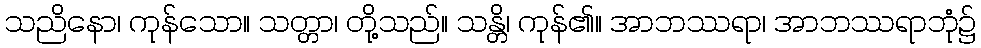
သညိနော၊ ကုန်သော။ သတ္တာ၊ တို့သည်။ သန္တိ၊ ကုန်၏။ အာဘဿရာ၊ အာဘဿရာဘုံ၌